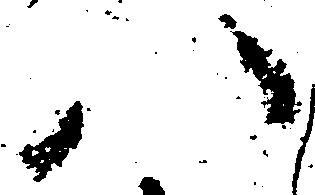
八